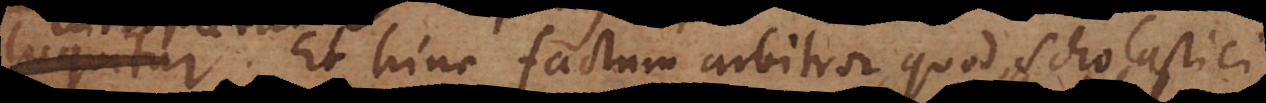
interpretatur. Et hinc factum arbitror, quod Scholastici